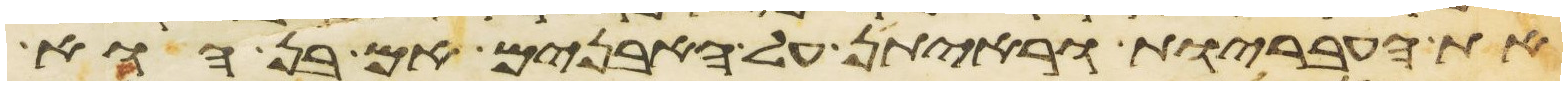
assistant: את העבריות וראיתן על האבנים אם בן הוא